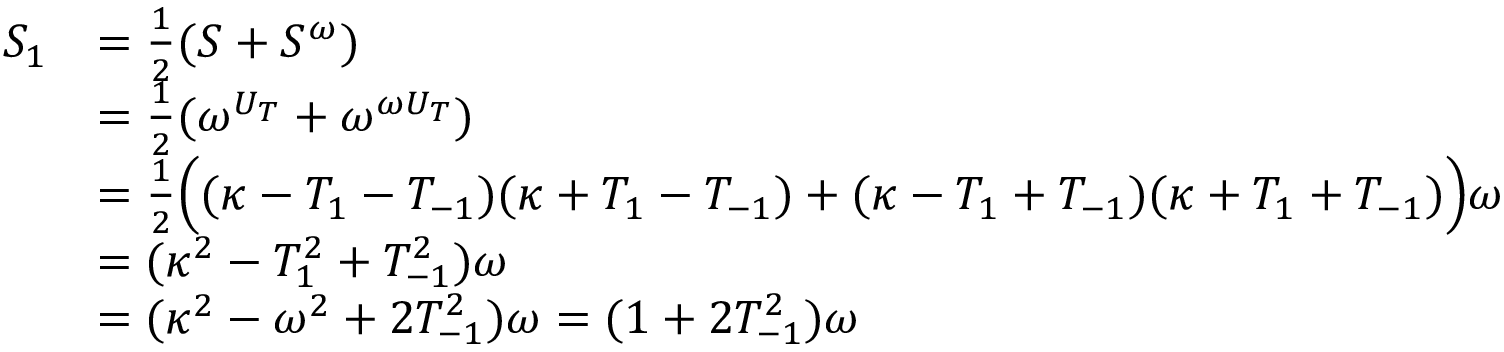
\begin{array} { r l } { S _ { 1 } } & { = \frac { 1 } { 2 } ( S + S ^ { \omega } ) } \\ & { = \frac { 1 } { 2 } ( \omega ^ { U _ { T } } + \omega ^ { \omega U _ { T } } ) } \\ & { = \frac { 1 } { 2 } \Big ( ( \kappa - T _ { 1 } - T _ { - 1 } ) ( \kappa + T _ { 1 } - T _ { - 1 } ) + ( \kappa - T _ { 1 } + T _ { - 1 } ) ( \kappa + T _ { 1 } + T _ { - 1 } ) \Big ) \omega } \\ & { = ( \kappa ^ { 2 } - T _ { 1 } ^ { 2 } + T _ { - 1 } ^ { 2 } ) \omega } \\ & { = ( \kappa ^ { 2 } - \omega ^ { 2 } + 2 T _ { - 1 } ^ { 2 } ) \omega = ( 1 + 2 T _ { - 1 } ^ { 2 } ) \omega } \end{array}